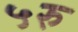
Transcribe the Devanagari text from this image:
५रु